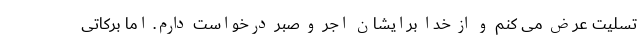
تسلیت عرض می کنم و از خدا برایشان اجر و صبر درخواست دارم. اما برکاتی